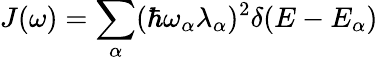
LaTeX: J(\omega)=\sum_{\alpha}(\hbar\omega_{\alpha}\lambda_{\alpha})^{2}\delta(E-E_{\alpha})